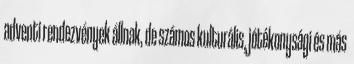
adventi rendezvények állnak, de számos kulturális, jótékonysági és más